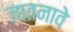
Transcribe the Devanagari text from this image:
जातनावे